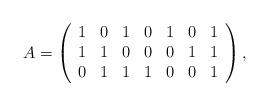
LaTeX: \begin{align*}A=\left( \begin{array}{ccccccc}1 & 0 & 1 & 0 & 1 & 0 & 1 \\ 1 & 1 & 0 & 0 & 0 & 1 & 1 \\ 0 & 1 & 1 & 1 & 0 & 0 & 1\end{array}\right) , \end{align*}